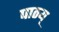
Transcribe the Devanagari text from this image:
पाठय्